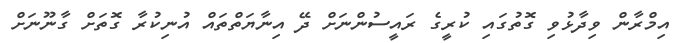
އިމްރާން ވިދާޅުވި ގޮތުގައި ކުރީގެ ރައީސުންނަށް ދޭ އިނާޔަތްތައް އުނިކުރާ ގޮތަށް ގާނޫނަށް